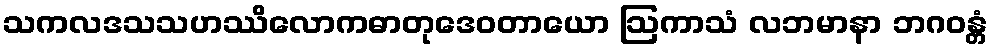
သကလဒသသဟဿိလောကဓာတုဒေဝတာယော ဩကာသံ လဘမာနာ ဘဂဝန္တံ